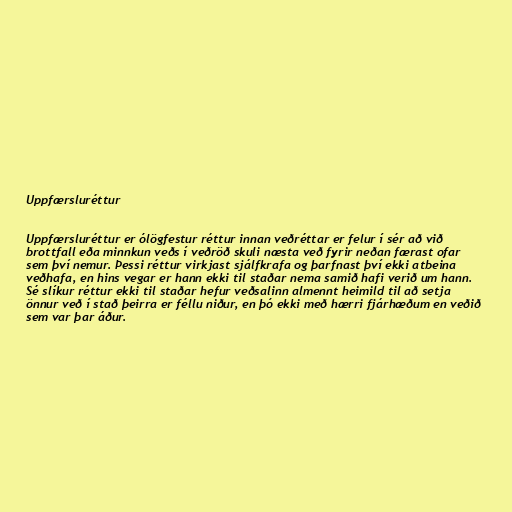
Uppfærsluréttur

Uppfærsluréttur er ólögfestur réttur innan veðréttar er felur í sér að við
brottfall eða minnkun veðs í veðröð skuli næsta veð fyrir neðan færast ofar
sem því nemur. Þessi réttur virkjast sjálfkrafa og þarfnast því ekki atbeina
veðhafa, en hins vegar er hann ekki til staðar nema samið hafi verið um hann.
Sé slíkur réttur ekki til staðar hefur veðsalinn almennt heimild til að setja
önnur veð í stað þeirra er féllu niður, en þó ekki með hærri fjárhæðum en veðið
sem var þar áður.